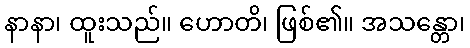
နာနာ၊ ထူးသည်။ ဟောတိ၊ ဖြစ်၏။ အသန္တော၊